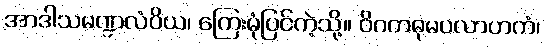
အာဒါသမဏ္ဍလံဝိယ၊ ကြေးမုံပြင်ကဲ့သို့။ ဝိဂတဓုမဝလာဟကံ၊